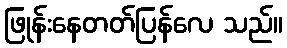
ဖြုန်းနေတတ်ပြန်လေ သည်။